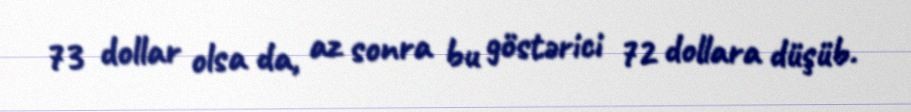
73 dollar olsa da, az sonra bu göstərici 72 dollara düşüb.